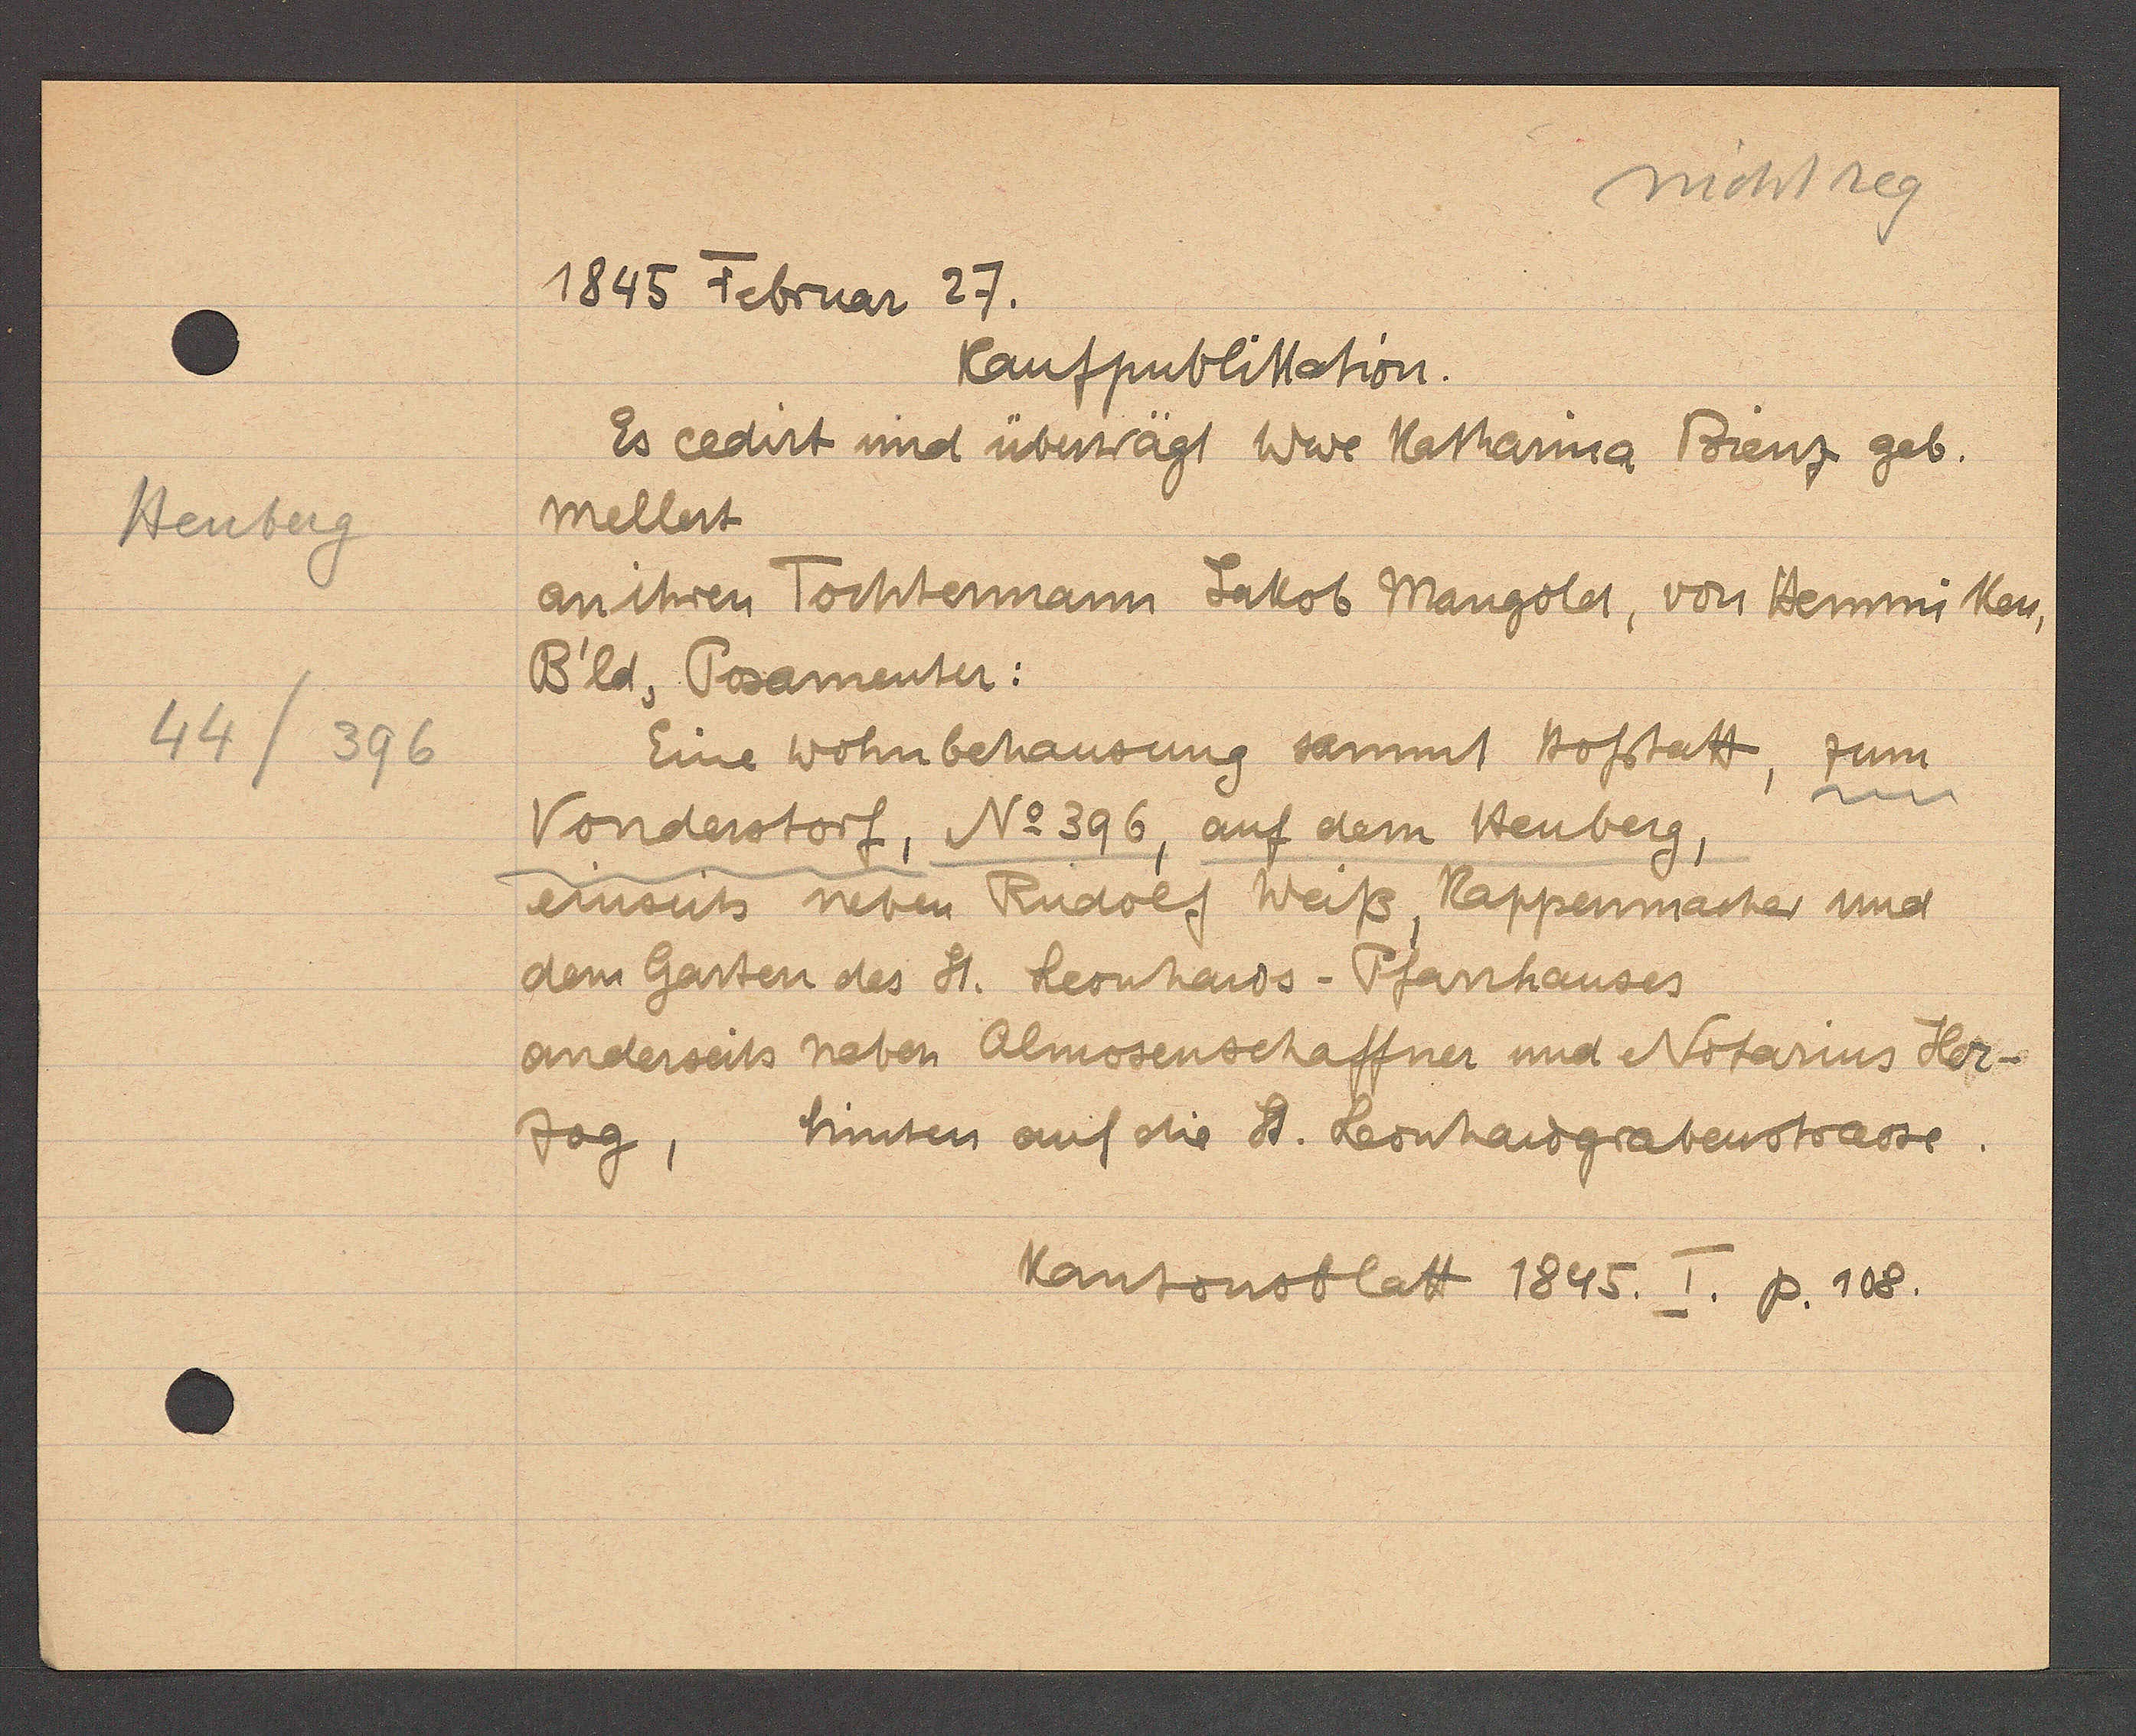
Transcript:
Heuberg
44/396

1845 Februar 27.

Kaufpublikation.
Es cedirt und überwägt Wwe Katharina Bienz geb.
Mellert
an ihren Tochtermann Jakob Mangoldt, von Hemmiken,
B'ld, Posamenter:
Eine Wohnbehausung sammt Hofstatt, zum
Vonderstorf, No 396, auf dem Heuberg,
einseits neben Rudolf Weiß, Rappenmacher und
dem Garten des St. Leonhards-Pfanhauses
anderseits neben Almosenschaffner und Notarius Her¬
zog,
hinten auf die St. Leonhardgrabenstrasse.

Kantonsblatt 1845. I. p. 108.